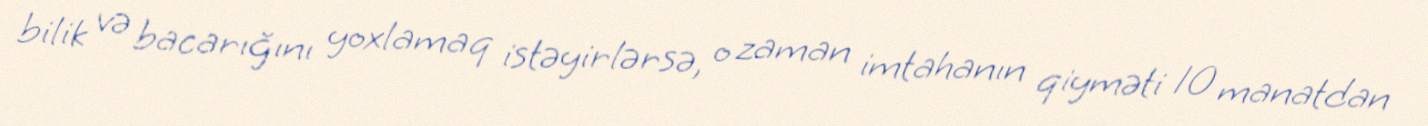
bilik və bacarığını yoxlamaq istəyirlərsə, o zaman imtahanın qiyməti 10 manatdan